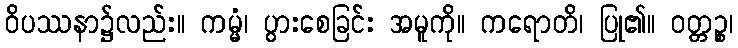
ဝိပဿနာ၌လည်း။ ကမ္မံ၊ ပွားစေခြင်း အမူကို။ ကရောတိ၊ ပြု၏။ ဝတ္တဉ္စ၊